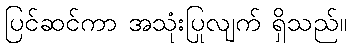
ပြင်ဆင်ကာ အသုံးပြုလျက် ရှိသည်။